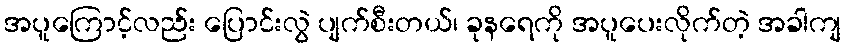
အပူကြောင့်လည်း ပြောင်းလွဲ ပျက်စီးတယ်၊ ခုနရေကို အပူပေးလိုက်တဲ့ အခါကျ